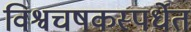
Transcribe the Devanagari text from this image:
विश्वचषकस्पर्धेत